system: You are a helpful assistant.
user:
Analyze the provided spectrum to determine if it is a **"Cataclysmic Variables (CV)"**.

- **Key Indicators for CV (Check for either state):**
    - **State 1: Quiescent / Low-State (Emission-Dominated)**
        - **(Primary):** Strong and *very broad* Hydrogen Balmer emission lines (e.g., $H\alpha$ at 6563 Å, $H\beta$ at 4861 Å). The 'broadness' (high velocity dispersion, often FWHM > 1000 km/s) is the key diagnostic, indicating a high-velocity accretion disk.
        - **(Secondary):** Broad neutral Helium (He I) emission lines (e.g., 5876 Å, 6678 Å).
        - **(Key Confirmation):** Presence of high-excitation *ionized* Helium (He II) emission at 4686 Å. This is a strong indicator of accretion onto a white dwarf.
        - **(Line Profile):** Emission lines may exhibit a 'double-peaked' profile, which is a classic signature of a rotating accretion disk viewed at high inclination.

    - **State 2: Outburst / High-State (Absorption-Dominated)**
        - **(Primary):** Spectrum is dominated by a bright, blue continuum (looks like a hot star).
        - **(Secondary):** The emission lines from State 1 are weak, absent, or 'filled in', and are replaced by broad, shallow *absorption* lines (primarily Balmer and He I).
        - **(Morphology):** The overall spectrum mimics a hot B/A-type star. The crucial difference is that the absorption lines are significantly broader, shallower, and more 'washed-out' (or 'smeared') than the sharp lines of a normal stellar photosphere, due to high rotational speeds and pressure broadening in the disk.

Think first, call **spectral_visualization_tool** if needed to examine features in detail, then provide your final answer. Your response must adhere to the following strict rules:
1.  **Overall Structure:** Your response must follow the format `<think>...</think> <tool_call>...</tool_call> (if a tool is used) <answer>...</answer>`.
2.  **Tool Usage Constraint:** You may only make **one** tool call per turn.
3.  **Final Answer Format:** In the `<answer>` tag, your conclusion must be inside a `\boxed{}` command (e.g., `\boxed{YES}`), followed by your justification.

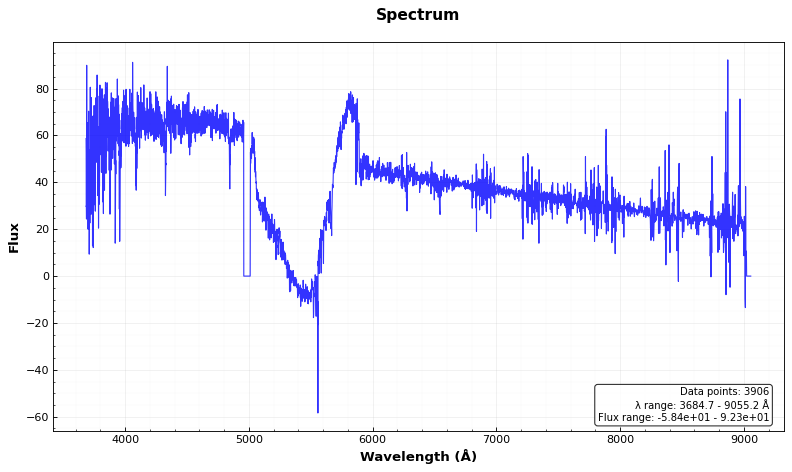
Answer: NO